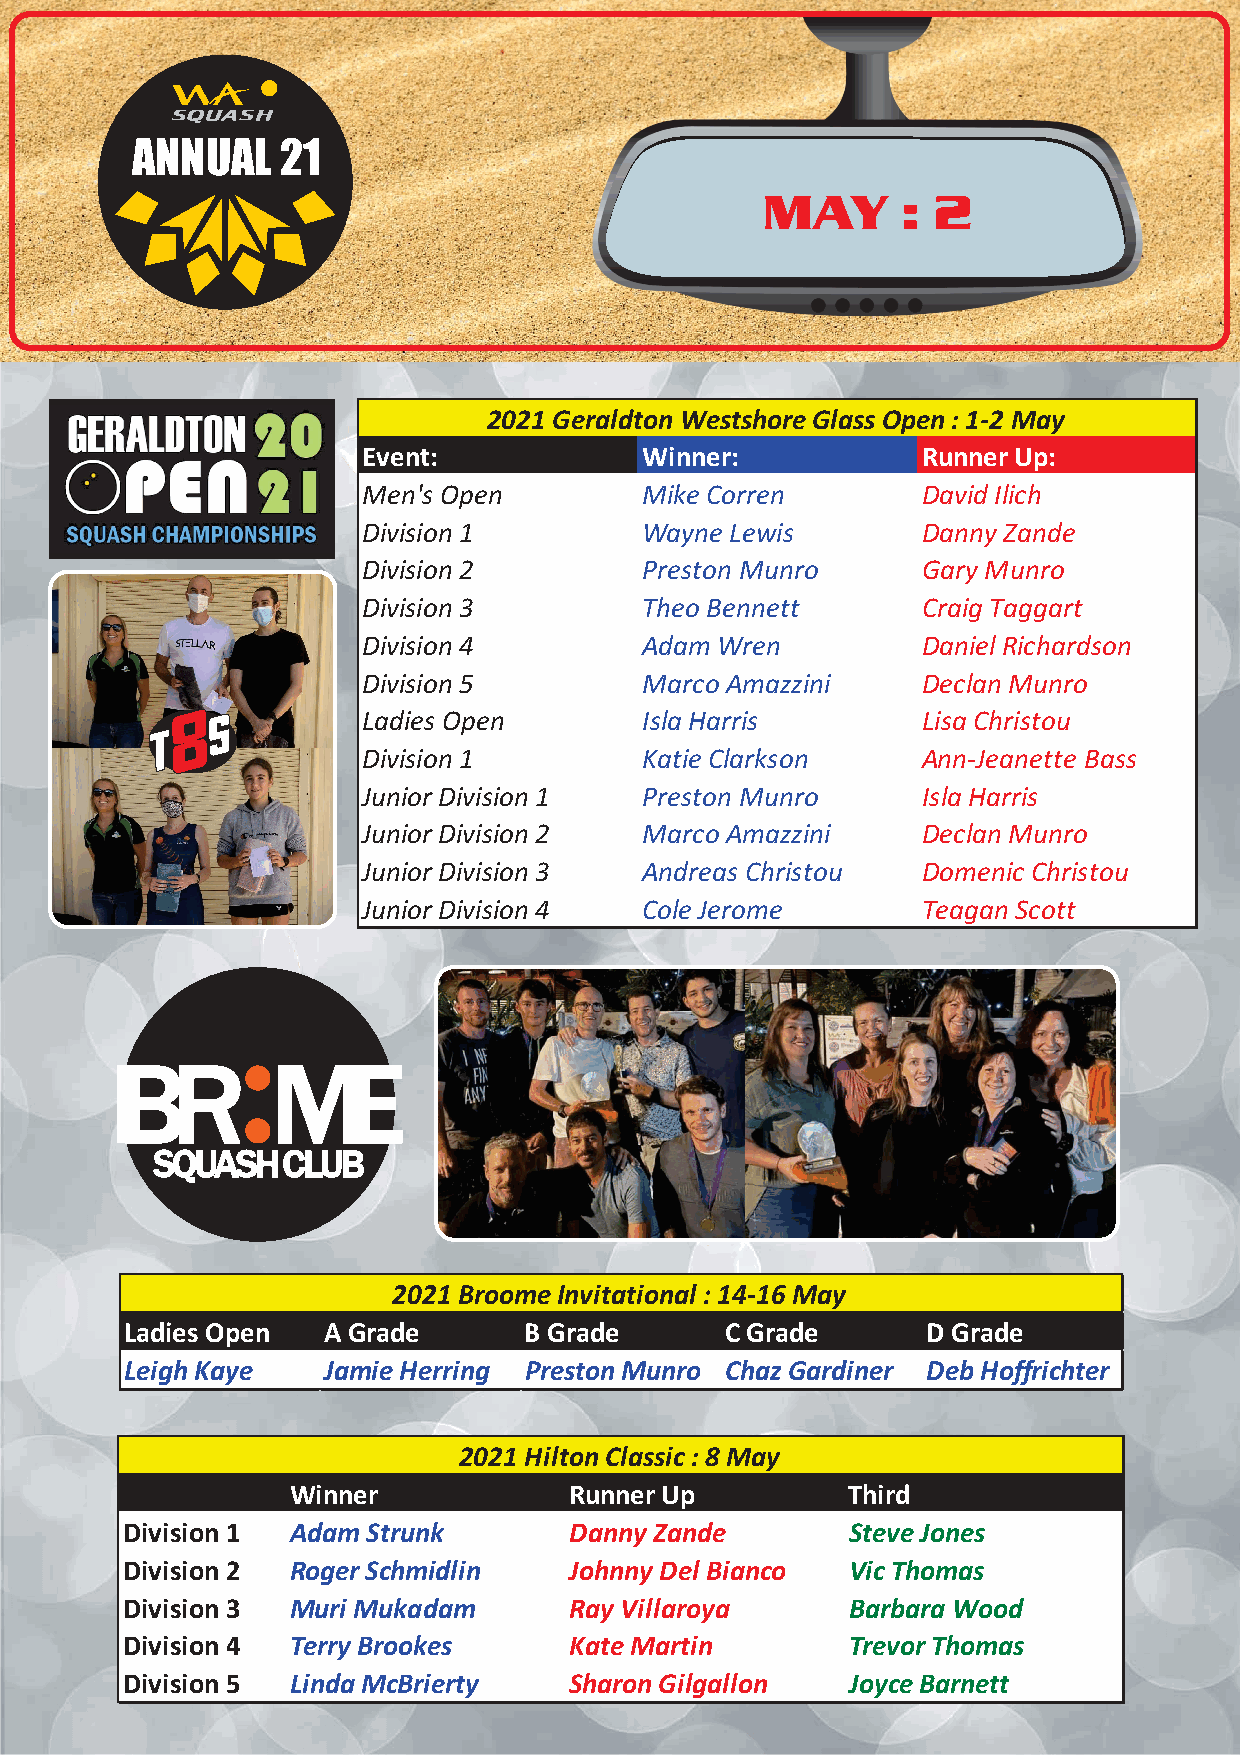
ANNUAL    21
 MAY       : 2
 2021 GeraldtonWestshoreGlassOpen:1-2 May
 Event:            Winner:            RunnerUp:
 Men's Open        Mike Corren        David Ilich
 Division 1        Wayne Lewis        DannyZande
 Division 2        Preston Munro      GaryMunro
 Division 3        Theo Bennett       Craig Taggart
 Division 4        AdamWren           DanielRichardson
 Division 5        Marco Amazzini     Declan Munro
 8
 S         Ladies Open       Isla Harris        Lisa Christou
 Division 1        Katie Clarkson     Ann-Jeanette Bass
 Junior Division 1 Preston Munro      Isla Harris
 Junior Division 2 Marco Amazzini     Declan Munro
 Junior Division 3 Andreas Christou   Domenic Christou
 Junior Division 4 Cole Jerome        Teagan Scott
 BR        ME
 SQUASHCLUB
 2021 BroomeInvitational :14-16 May
 LadiesOpen   A Grade       B Grade      CGrade       D Grade
 LeighKaye    JamieHerring  PrestonMunro ChazGardiner DebHoffrichter
 2021 HiltonClassic:8 May
 Winner             RunnerUp          Third
 Division1  AdamStrunk         Danny Zande       SteveJones
 Division2  RogerSchmidlin     Johnny Del Bianco VicThomas
 Division3  Muri Mukadam       Ray Villaroya     BarbaraWood
 Division4  Terry Brookes      KateMartin        TrevorThomas
 Division5  LindaMcBrierty     SharonGilgallon   JoyceBarnett